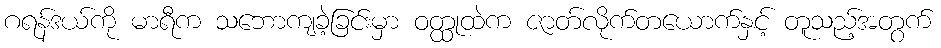
ဂရန်ဒယ်ကို မာရီက သဘောကျခဲ့ခြင်းမှာ ဝတ္ထုထဲက ဇာတ်လိုက်တယောက်နှင့် တူသည့်အတွက်